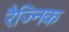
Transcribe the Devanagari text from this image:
रैज्निक